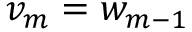
v _ { m } = w _ { m - 1 }